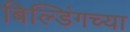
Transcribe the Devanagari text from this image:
बिल्डिंगच्या